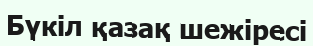
Бүкіл қазақ шежіресі